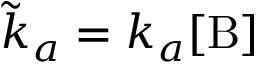
\tilde { k } _ { a } = k _ { a } [ \mathrm { B ] }